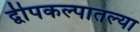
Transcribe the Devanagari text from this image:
द्वीपकल्पातल्या